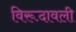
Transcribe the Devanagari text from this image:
विरूदावली